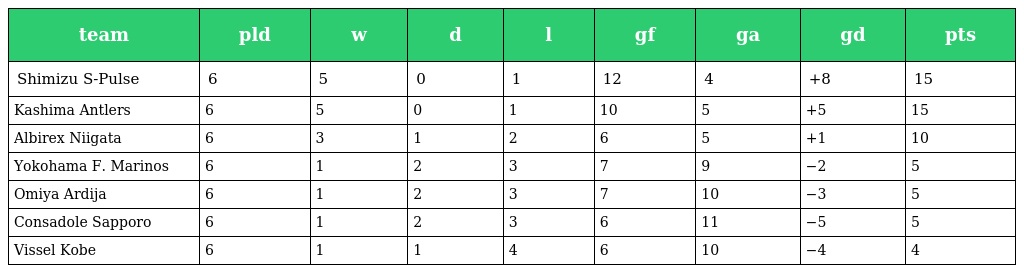
| team | pld | w | d | l | gf | ga | gd | pts |
 | --- | --- | --- | --- | --- | --- | --- | --- | --- |
 | Shimizu S-Pulse | 6 | 5 | 0 | 1 | 12 | 4 | +8 | 15 |
 | Kashima Antlers | 6 | 5 | 0 | 1 | 10 | 5 | +5 | 15 |
 | Albirex Niigata | 6 | 3 | 1 | 2 | 6 | 5 | +1 | 10 |
 | Yokohama F. Marinos | 6 | 1 | 2 | 3 | 7 | 9 | −2 | 5 |
 | Omiya Ardija | 6 | 1 | 2 | 3 | 7 | 10 | −3 | 5 |
 | Consadole Sapporo | 6 | 1 | 2 | 3 | 6 | 11 | −5 | 5 |
 | Vissel Kobe | 6 | 1 | 1 | 4 | 6 | 10 | −4 | 4 |